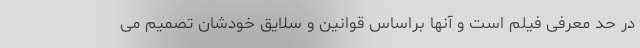
در حد معرفی فیلم است و آنها براساس قوانین و سلایق خودشان تصمیم می